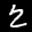
Label: 2